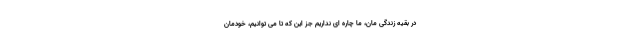
در بقیه زندگی مان، ما چاره ای نداریم جز این که تا می توانیم، خودمان